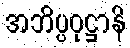
အဘိပ္ပဝုဋ္ဌာနိ